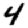
Digit: 4